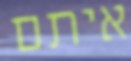
איתם